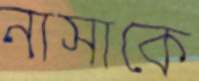
নাসাকে